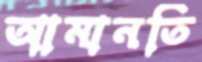
আমানতি